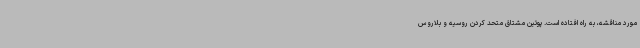
مورد مناقشه، به راه افتاده است. پوتین مشتاق متحد کردن روسیه و بلاروس